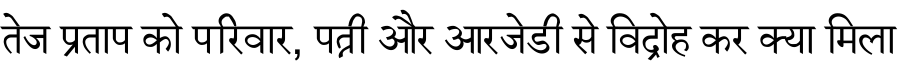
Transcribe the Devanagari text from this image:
तेज प्रताप को परिवार, पत्नी और आरजेडी से विद्रोह कर क्या मिला